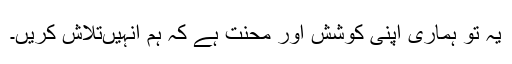
یہ تو ہماری اپنی کوشش اور محنت ہے کہ ہم انہیںتلاش کریں۔